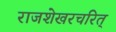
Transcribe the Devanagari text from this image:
राजशेखरचरित्